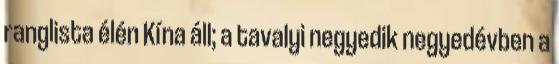
ranglista élén Kína áll; a tavalyi negyedik negyedévben a